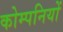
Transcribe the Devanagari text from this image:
कोम्पनियों